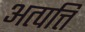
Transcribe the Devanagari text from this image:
अत्पत्ति